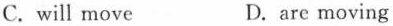
C. will move D. are moving